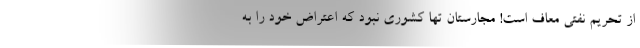
از تحریم نفتی معاف است! مجارستان تها کشوری نبود که اعتراض خود را به